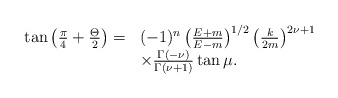
\begin{align*}\begin{array}{rl}\tan\left(\frac{\pi}{4}+\frac{\Theta}{2} \right) = & (-1)^n \left(\frac{E+m}{E-m}\right)^{1/2}\left(\frac{k}{2m}\right)^{2\nu+1}\\& \times\frac{\Gamma(-\nu)}{\Gamma(\nu+1)}\tan\mu .\end{array}\end{align*}